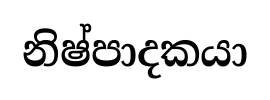
නිෂ්පාදකයා